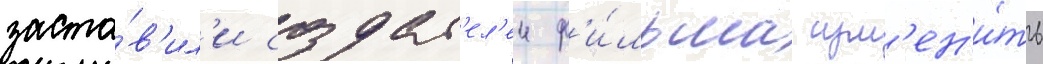
заста́в'ил'и создат'ел'еи ф'и́льма изм'ен'и́ть